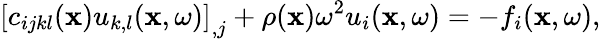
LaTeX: \left[c_{ijkl}({\mathbf x})u_{k,l}({\mathbf x,\omega})\right]_{,j}+\rho({\mathbf x})\omega^{2}u_{i}({\mathbf x,\omega})=-f_{i}({\mathbf x,\omega}),